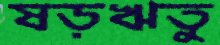
ষড়ঋতু